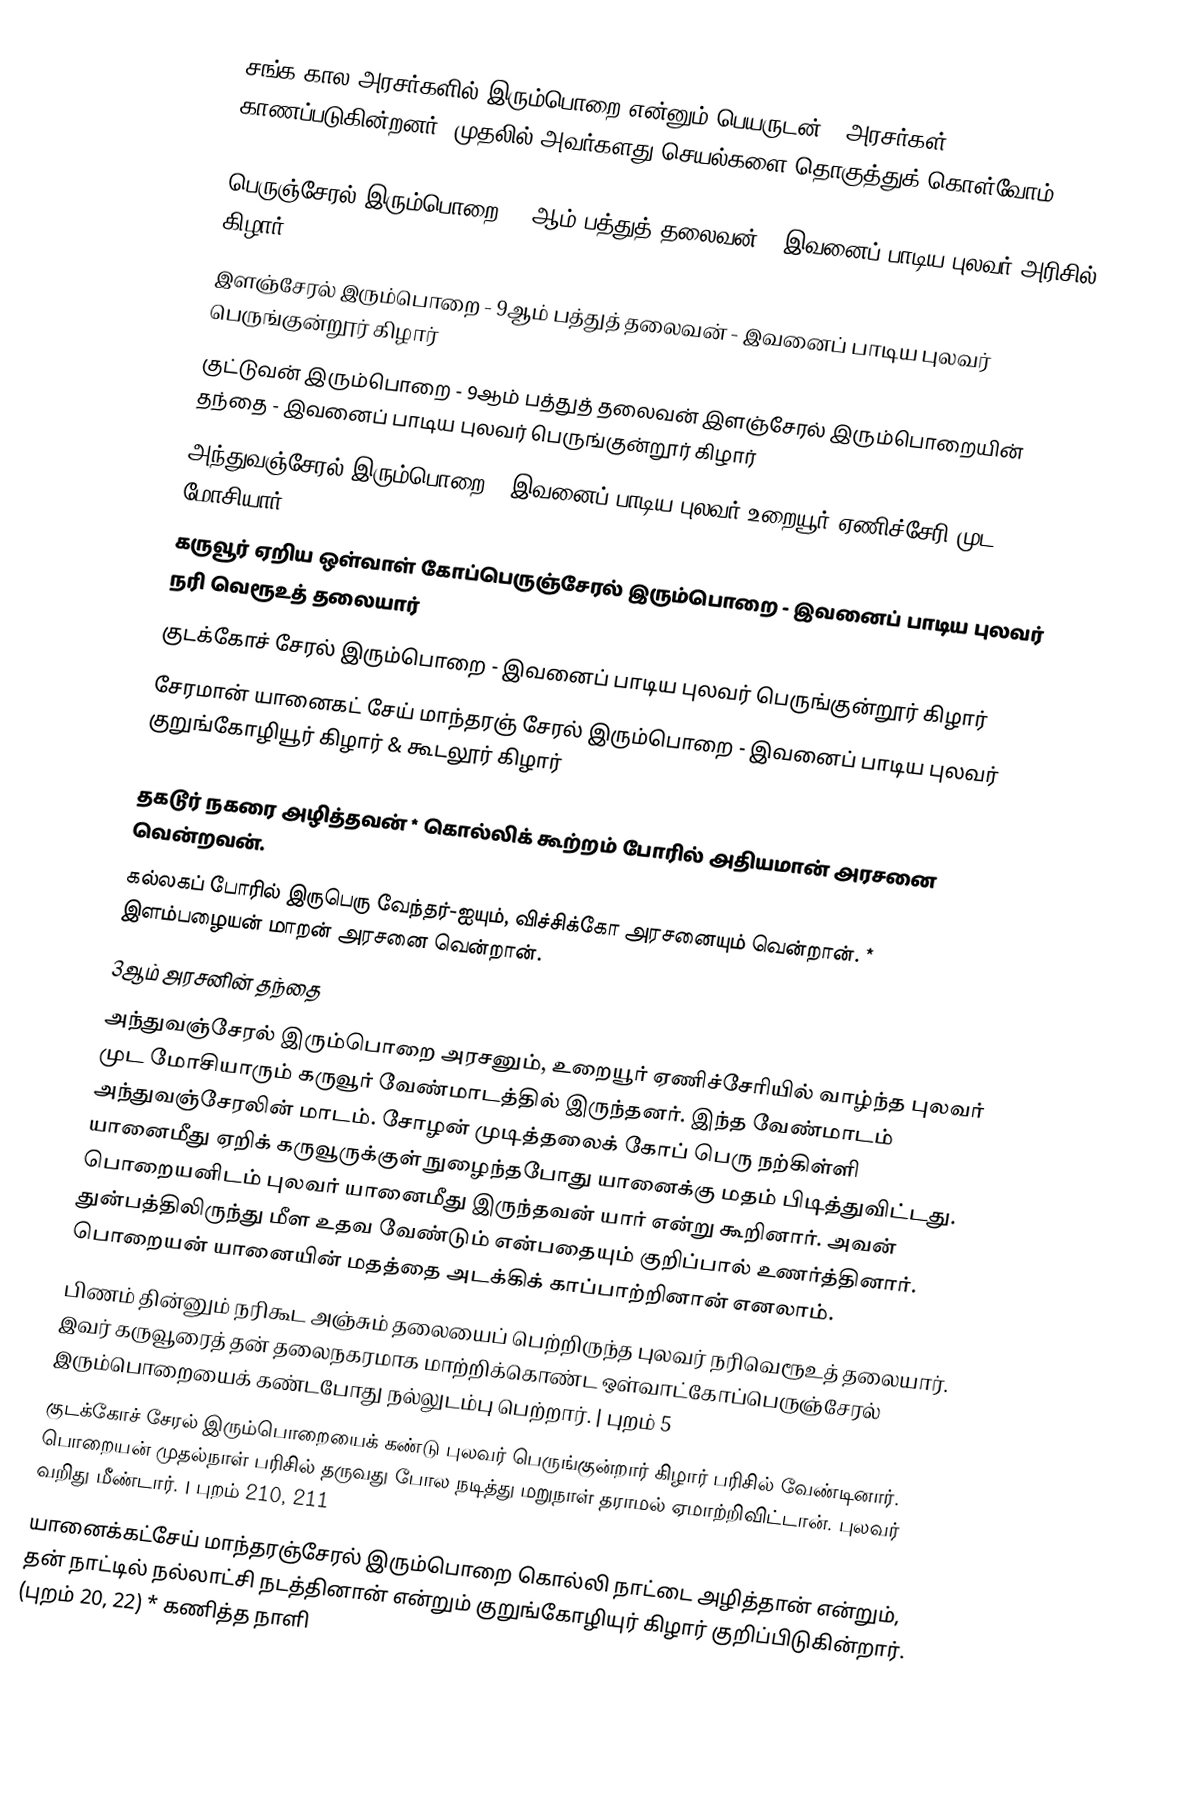
சங்க கால அரசர்களில் இரும்பொறை என்னும் பெயருடன் 7 அரசர்கள் காணப்படுகின்றனர். முதலில் அவர்களது செயல்களை  தொகுத்துக் கொள்வோம்.

 பெருஞ்சேரல் இரும்பொறை - 8ஆம் பத்துத் தலைவன் - இவனைப் பாடிய புலவர் அரிசில் கிழார்
 இளஞ்சேரல் இரும்பொறை - 9ஆம் பத்துத் தலைவன் - இவனைப் பாடிய புலவர் பெருங்குன்றூர் கிழார்
 குட்டுவன் இரும்பொறை - 9ஆம் பத்துத் தலைவன் இளஞ்சேரல் இரும்பொறையின் தந்தை - இவனைப் பாடிய புலவர் பெருங்குன்றூர் கிழார்
 அந்துவஞ்சேரல் இரும்பொறை - இவனைப் பாடிய புலவர் உறையூர் ஏணிச்சேரி முட மோசியார்
 கருவூர் ஏறிய ஒள்வாள் கோப்பெருஞ்சேரல் இரும்பொறை - இவனைப் பாடிய புலவர் நரி வெரூஉத் தலையார்
 குடக்கோச் சேரல் இரும்பொறை - இவனைப் பாடிய புலவர் பெருங்குன்றூர் கிழார்
 சேரமான் யானைகட் சேய் மாந்தரஞ் சேரல் இரும்பொறை - இவனைப் பாடிய புலவர் குறுங்கோழியூர் கிழார் & கூடலூர் கிழார்

 தகடூர் நகரை அழித்தவன் * கொல்லிக் கூற்றம் போரில் அதியமான் அரசனை வென்றவன்.
 கல்லகப் போரில் இருபெரு வேந்தர்-ஐயும், விச்சிக்கோ அரசனையும் வென்றான். * இளம்பழையன் மாறன் அரசனை வென்றான்.
 3ஆம் அரசனின் தந்தை
 அந்துவஞ்சேரல் இரும்பொறை அரசனும், உறையூர் ஏணிச்சேரியில் வாழ்ந்த புலவர் முட மோசியாரும் கருவூர் வேண்மாடத்தில் இருந்தனர். இந்த வேண்மாடம் அந்துவஞ்சேரலின் மாடம். சோழன் முடித்தலைக் கோப் பெரு நற்கிள்ளி யானைமீது ஏறிக் கருவூருக்குள் நுழைந்தபோது யானைக்கு மதம் பிடித்துவிட்டது. பொறையனிடம் புலவர் யானைமீது இருந்தவன் யார் என்று கூறினார். அவன் துன்பத்திலிருந்து மீள உதவ வேண்டும் என்பதையும் குறிப்பால் உணர்த்தினார். பொறையன் யானையின் மதத்தை அடக்கிக் காப்பாற்றினான் எனலாம்.
 பிணம் தின்னும் நரிகூட அஞ்சும் தலையைப் பெற்றிருந்த புலவர் நரிவெரூஉத் தலையார். இவர் கருவூரைத் தன் தலைநகரமாக மாற்றிக்கொண்ட ஒள்வாட்கோப்பெருஞ்சேரல் இரும்பொறையைக் கண்டபோது நல்லுடம்பு பெற்றார். | புறம் 5
 குடக்கோச் சேரல் இரும்பொறையைக் கண்டு புலவர் பெருங்குன்றார் கிழார் பரிசில் வேண்டினார். பொறையன் முதல்நாள் பரிசில் தருவது போல நடித்து மறுநாள் தராமல் ஏமாற்றிவிட்டான். புலவர் வறிது மீண்டார். | புறம் 210, 211
 யானைக்கட்சேய் மாந்தரஞ்சேரல் இரும்பொறை கொல்லி நாட்டை அழித்தான் என்றும், தன் நாட்டில் நல்லாட்சி நடத்தினான் என்றும் குறுங்கோழியுர் கிழார் குறிப்பிடுகின்றார். (புறம் 20, 22) * கணித்த நாளி